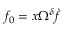
f _ { 0 } = x \Omega ^ { \delta } \dot { f }